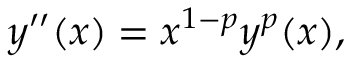
y ^ { \prime \prime } ( x ) = x ^ { 1 - p } y ^ { p } ( x ) ,